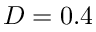
D = 0 . 4